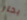
بحار